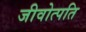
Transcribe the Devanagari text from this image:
जीवोत्पति